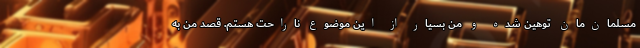
مسلمان‌مان توهین شده و من بسیار از این موضوع ناراحت هستم. قصد من به